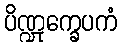
ပိဏ္ဍုက္ခေပကံ